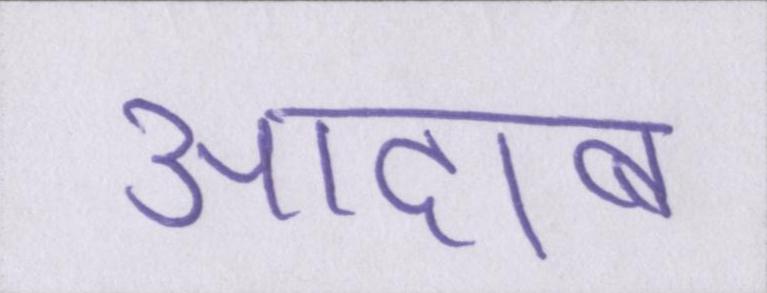
आदाब